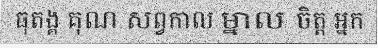
ធុតង្គ គុណ សព្វកាល ម្នាល ចិត្ត អ្នក